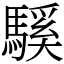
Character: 騱